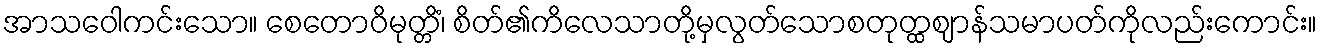
အာသဝေါကင်းသော။ စေတောဝိမုတ္တိံ၊ စိတ်၏ကိလေသာတို့မှလွတ်သောစတုတ္ထဈာန်သမာပတ်ကိုလည်းကောင်း။